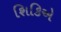
શિકિએ